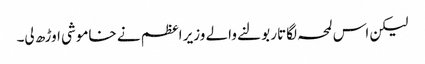
لیکن اس لمحہ لگاتار بولنے والے وزیر اعظم نے خاموشی اوڑھ لی۔